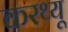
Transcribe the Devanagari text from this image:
करथ्यू